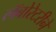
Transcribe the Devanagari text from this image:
लॅबोरेटरीने